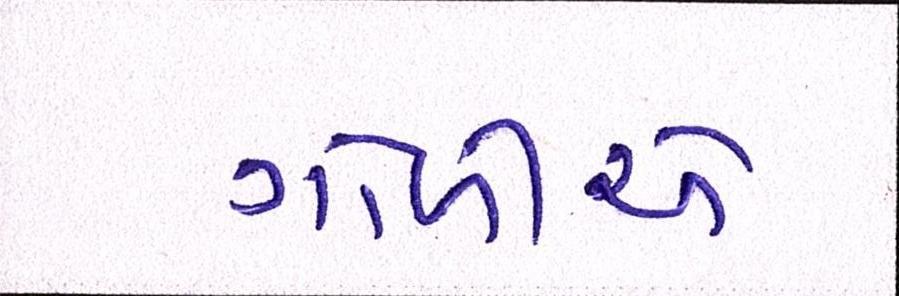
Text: ગોળીએ